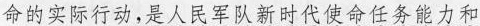
命的实际行动，是人民军队新时代使命任务能力和